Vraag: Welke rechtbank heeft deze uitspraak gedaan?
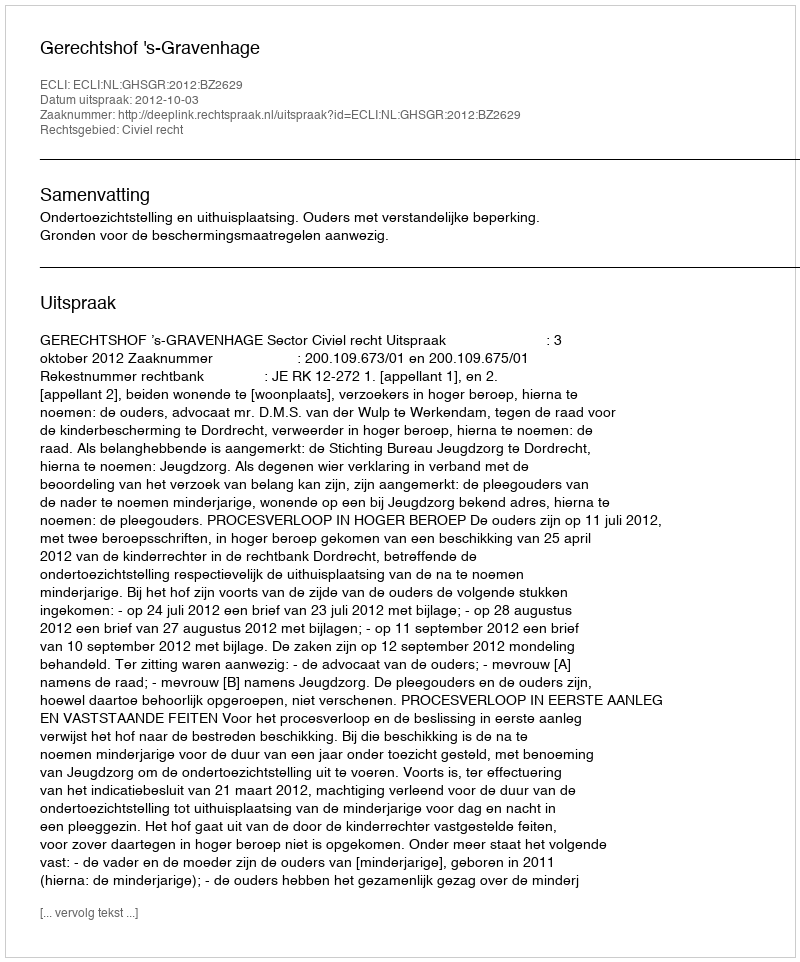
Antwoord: Gerechtshof 's-Gravenhage